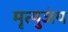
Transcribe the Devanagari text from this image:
मृत्युजंय